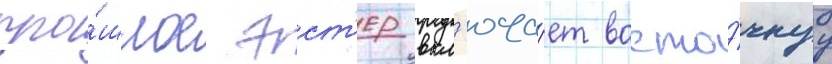
про́шлое эст'ер вкл'юча́ет восто́чнуу